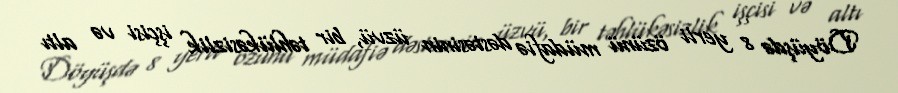
Döyüşdə 8 yerli özünü müdafiə dəstəsinin üzvü, bir təhlükəsizlik işçisi və altı